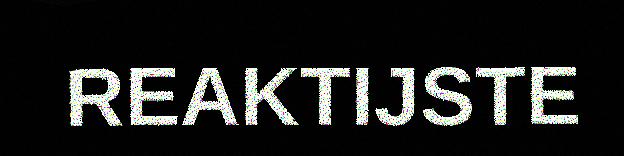
REAKTIJSTE